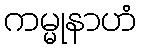
ကမ္မုနာဟံ